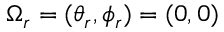
\Omega _ { r } = ( \theta _ { r } , \phi _ { r } ) = ( 0 , 0 )